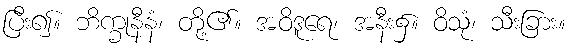
ပြီး၍။ ဘိက္ခုနီနံ၊ တို့၏။ အဝိဒူရေ၊ အနီး၌။ ဝိသုံ၊ သီးခြား။